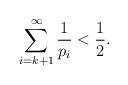
LaTeX: \begin{align*} \sum_{i = k+1}^\infty \frac{1}{p_i} < \frac{1}{2}. \end{align*}